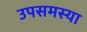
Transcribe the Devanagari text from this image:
उपसमस्या